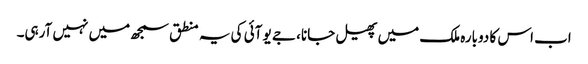
اب اس کا دوبارہ ملک میں پھیل جانا، جے یو آئی کی یہ منطق سمجھ میں نہیں آرہی۔